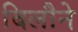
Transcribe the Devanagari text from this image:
बिलौने